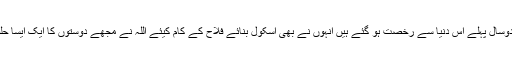
جدہ میں ایک ہمارے دوست سردار رحمت خان ہوا کرتے تھے جو دوسال پہلے اس دنیا سے رخصت ہو گئے ہیں انہوں نے بھی اسکول بنائے فلاح کے کام کیئے اللہ نے مجھے دوستوں کا ایک ایسا حلقہ دیا جس نے ویلفیئر کے کام کیئے پاکستانیوں کو نوکریاں دلوائیں۔